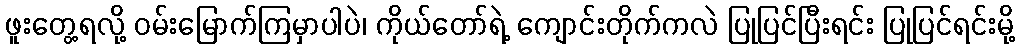
ဖူးတွေ့ရလို့ ဝမ်းမြောက်ကြမှာပါပဲ၊ ကိုယ်တော်ရဲ့ ကျောင်းတိုက်ကလဲ ပြုပြင်ပြီးရင်း ပြုပြင်ရင်းမို့